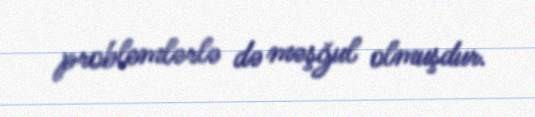
problemlərlə də məşğul olmuşdur.